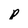
Character: p